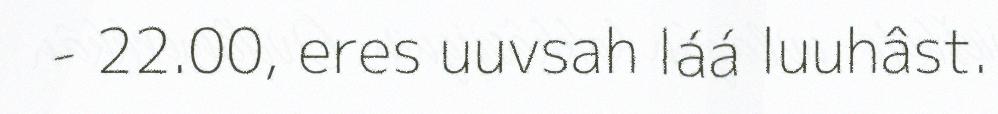
- 22.00, eres uuvsah láá luuhâst.